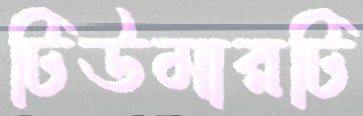
টিউমারটি